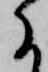
に